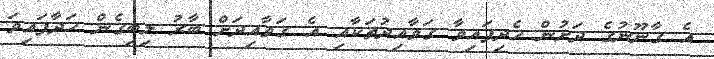
އެ ގާނޫނުގެ ދަށުން ހެދިފައިވާ ގަވާއިދުތަކާއި އެ ގަވާއިދަށް ބާރު ލިބިގެން ހަދާފައިވަ